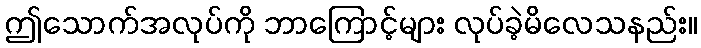
ဤသောက်အလုပ်ကို ဘာကြောင့်များ လုပ်ခဲ့မိလေသနည်း။